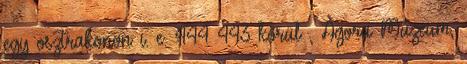
egy osztrakonon i. e. 444–443 körül , Agora Múzeum,